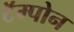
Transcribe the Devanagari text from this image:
टॅम्पोन